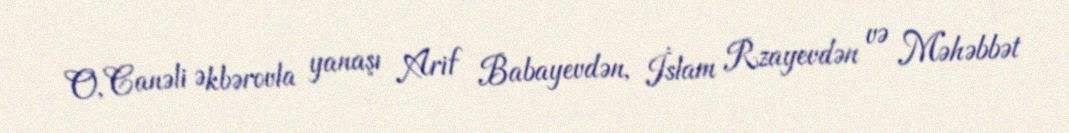
O, Canəli Əkbərovla yanaşı Arif Babayevdən, İslam Rzayevdən və Məhəbbət